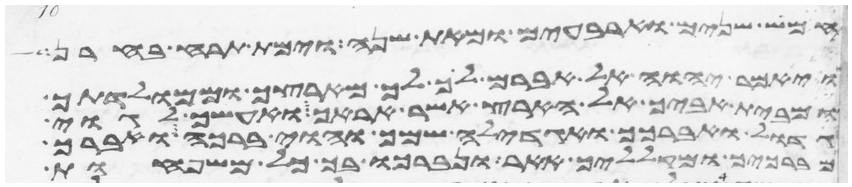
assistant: חמש שנים וארבעים ומאת שנה וימת תרח בחרן
ויאמר יהוה אל אברם לך לך מארצך וממולדתך
ומבית אביך אל הארץ אשר אראך ואעשך לגוי
גדול ואברכך ואגדלה שמך והוי ברכה ואברך
מברכיך ומקלליך אאר ונברכו בך כל משפחות